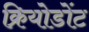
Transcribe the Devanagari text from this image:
क्रियोडोंट